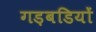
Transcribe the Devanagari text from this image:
गड़बडियों